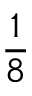
\frac 1 8